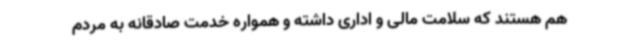
هم هستند که سلامت مالی و اداری داشته و همواره خدمت صادقانه به مردم